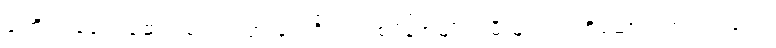
ခါတိုင်း ခေါင်းဆောင်မပါပဲ သွားလေ့ရှိသည့် စပိန်အမျိုးသမီးများက ထိုဆောင်းတွင်းတုန်းက